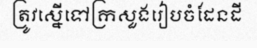
ត្រូវស្នើទៅក្រសួងរៀបចំដែនដី